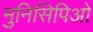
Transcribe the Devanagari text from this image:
मुनिसिपिओ